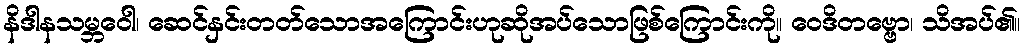
နိဒါနသမ္ဘဝေါ၊ ဆေင်နှင်းတတ်သောအကြောင်းဟုဆိုအပ်သောဖြစ်ကြောင်းကို။ ဝေဒိတဗ္ဗော၊ သိအပ်၏။